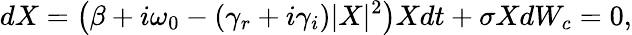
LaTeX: {dX}=\left(\beta+i\omega_{0}-(\gamma_{r}+i\gamma_{i})|X|^{2}\right)X{dt}+\sigma XdW_{c}=0,